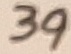
Text: 39